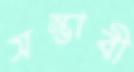
সম্ভাবী